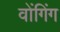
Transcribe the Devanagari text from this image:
वोंगिंग